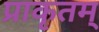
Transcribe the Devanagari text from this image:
प्राकृतम्